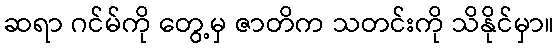
ဆရာ ဂင်မ်ကို တွေ့မှ ဇာတိက သတင်းကို သိနိုင်မှာ။